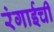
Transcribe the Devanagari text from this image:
रंगाईची